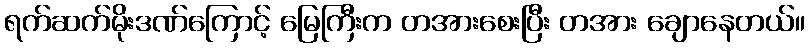
ရက်ဆက်မိုးဒဏ်ကြောင့် မြေကြီးက တအားစေးပြီး တအား ချောနေတယ်။